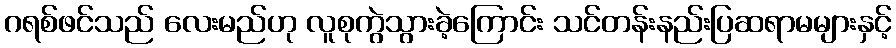
ဂရစ်ဖင်သည် လေးမည်ဟု လူစုကွဲသွားခဲ့ကြောင်း သင်တန်းနည်းပြဆရာမများနှင့်